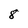
Character: 8